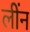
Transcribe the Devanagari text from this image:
लींन